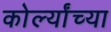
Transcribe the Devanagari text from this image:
कोर्ल्यांच्या